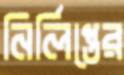
নির্লিপ্তের